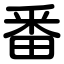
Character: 番